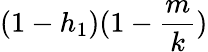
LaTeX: (1-h_{1})(1-\frac{m}{k})